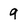
Character: 9